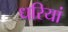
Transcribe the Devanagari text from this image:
धरियां